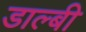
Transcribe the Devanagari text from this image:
डाल्बी